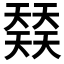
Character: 𡚌